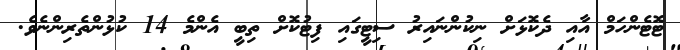
ޓޮޓެންހަމް އާއި ދެކޮޅަށް ނިކުންނައިރު ސިޓީގައި ފިޓުކޮށް ތިބީ އެންމެ 14 ކުޅުންތެރިންނެވެ.